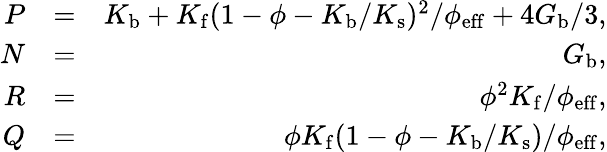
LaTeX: \begin{array}{rlr}{P}&{=}&{K_{\mathrm{b}}+K_{\mathrm{f}}(1-\phi-K_{\mathrm{b}}/K_{\mathrm{s}})^{2}/\phi_{\mathrm{eff}}+4G_{\mathrm{b}}/3,}\\ {N}&{=}&{G_{\mathrm{b}},}\\ {R}&{=}&{\phi^{2}K_{\mathrm{f}}/\phi_{\mathrm{eff}},}\\ {Q}&{=}&{\phi K_{\mathrm{f}}(1-\phi-K_{\mathrm{b}}/K_{\mathrm{s}})/\phi_{\mathrm{eff}},}\end{array}